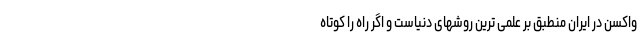
واکسن در ایران منطبق بر علمی ترین روشهای دنیاست و اگر راه را کوتاه